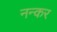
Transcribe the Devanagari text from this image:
नन्कर